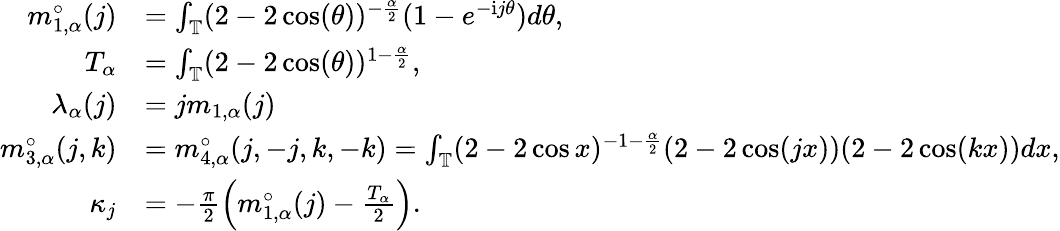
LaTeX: \begin{array}{rl}{m_{1,\alpha}^{\circ}(j)}&{=\int_{\mathbb{T}}(2-2\cos(\theta))^{-\frac{\alpha}2}(1-e^{-\mathrm{i}j\theta})d\theta,}\\ {T_{\alpha}}&{=\int_{\mathbb{T}}(2-2\cos(\theta))^{1-\frac{\alpha}2},}\\ {\lambda_{\alpha}(j)}&{=jm_{1,\alpha}(j)}\\ {m_{3,\alpha}^{\circ}(j,k)}&{=m_{4,\alpha}^{\circ}(j,-j,k,-k)=\int_{\mathbb{T}}(2-2\cos x)^{-1-\frac{\alpha}2}(2-2\cos(jx))(2-2\cos(kx))dx,}\\ {\kappa_{j}}&{=-\frac{\pi}2\left(m_{1,\alpha}^{\circ}(j)-\frac{T_{\alpha}}2\right).}\end{array}